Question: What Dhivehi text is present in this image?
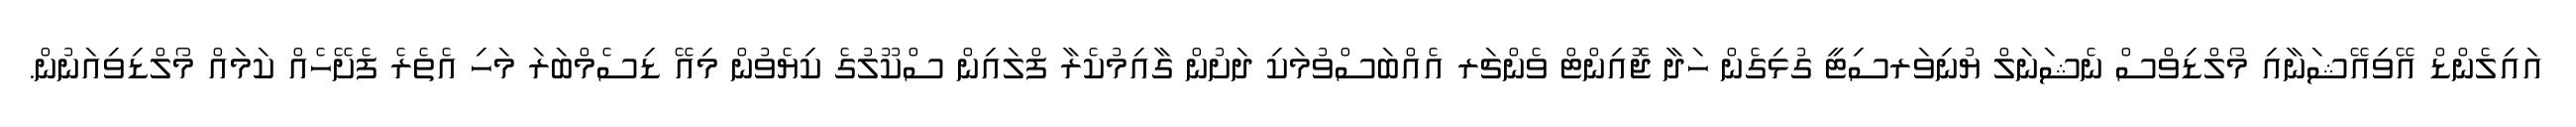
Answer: އައިލެންޑް އޭވިއޭޝަނާއި މޯލްޑިވްސް ނެޝަނަލް ޔުނިވަރސިޓީ ގުޅިގެން ހަދާ ޖޮއިންޓް ވެންޗަރ އެއްބަސްވުމަކި ދަށުން ގާއިމުކެރާ ފްލައިން ސްކޫލުގެ ކިޔެވުން މިއޭ ޑިސެމްބަރަ މަހި އެތެރެ ފެށޭހެއް ކަމައް މޯލްޑިވިއަނުން.